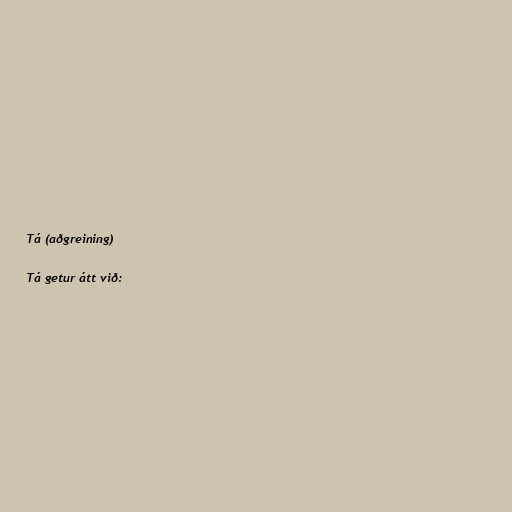
Tá (aðgreining)

Tá getur átt við: